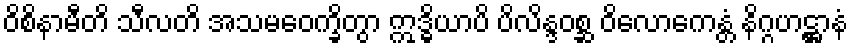
ဝိစိနာမီတိ သီလတိ အသမဝေက္ခိတွာ ဣဒ္ဓိယာပိ ပိလိန္ဒဝစ္ဆ ဝိလောကေန္တံ နိဂ္ဂဟဋ္ဌာနံ